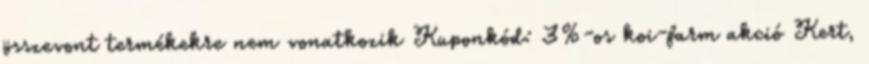
összevont termékekre nem vonatkozik Kuponkód: 3%-os koi-farm akció Kert,